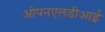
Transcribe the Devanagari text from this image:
ओपनएलडीआई